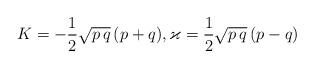
LaTeX: \begin{align*}K=-\frac{1}{2} \sqrt{p\,q}\,(p+q), \varkappa =\frac{1}{2} \sqrt{p\,q}\,(p-q)\end{align*}